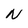
Character: N